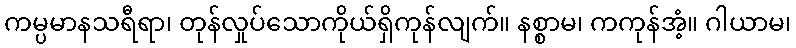
ကမ္ပမာနသရီရာ၊ တုန်လှုပ်သောကိုယ်ရှိကုန်လျက်။ နစ္စာမ၊ ကကုန်အံ့။ ဂါယာမ၊